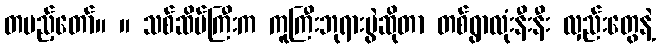
တပည့်တော်။ ။ သစ်ဆိပ်ကြီးက ကူကြီးဘုရားပွဲဆိုတာ တစ်ရွာလုံးနီးနီး လှည်းတွေနဲ့